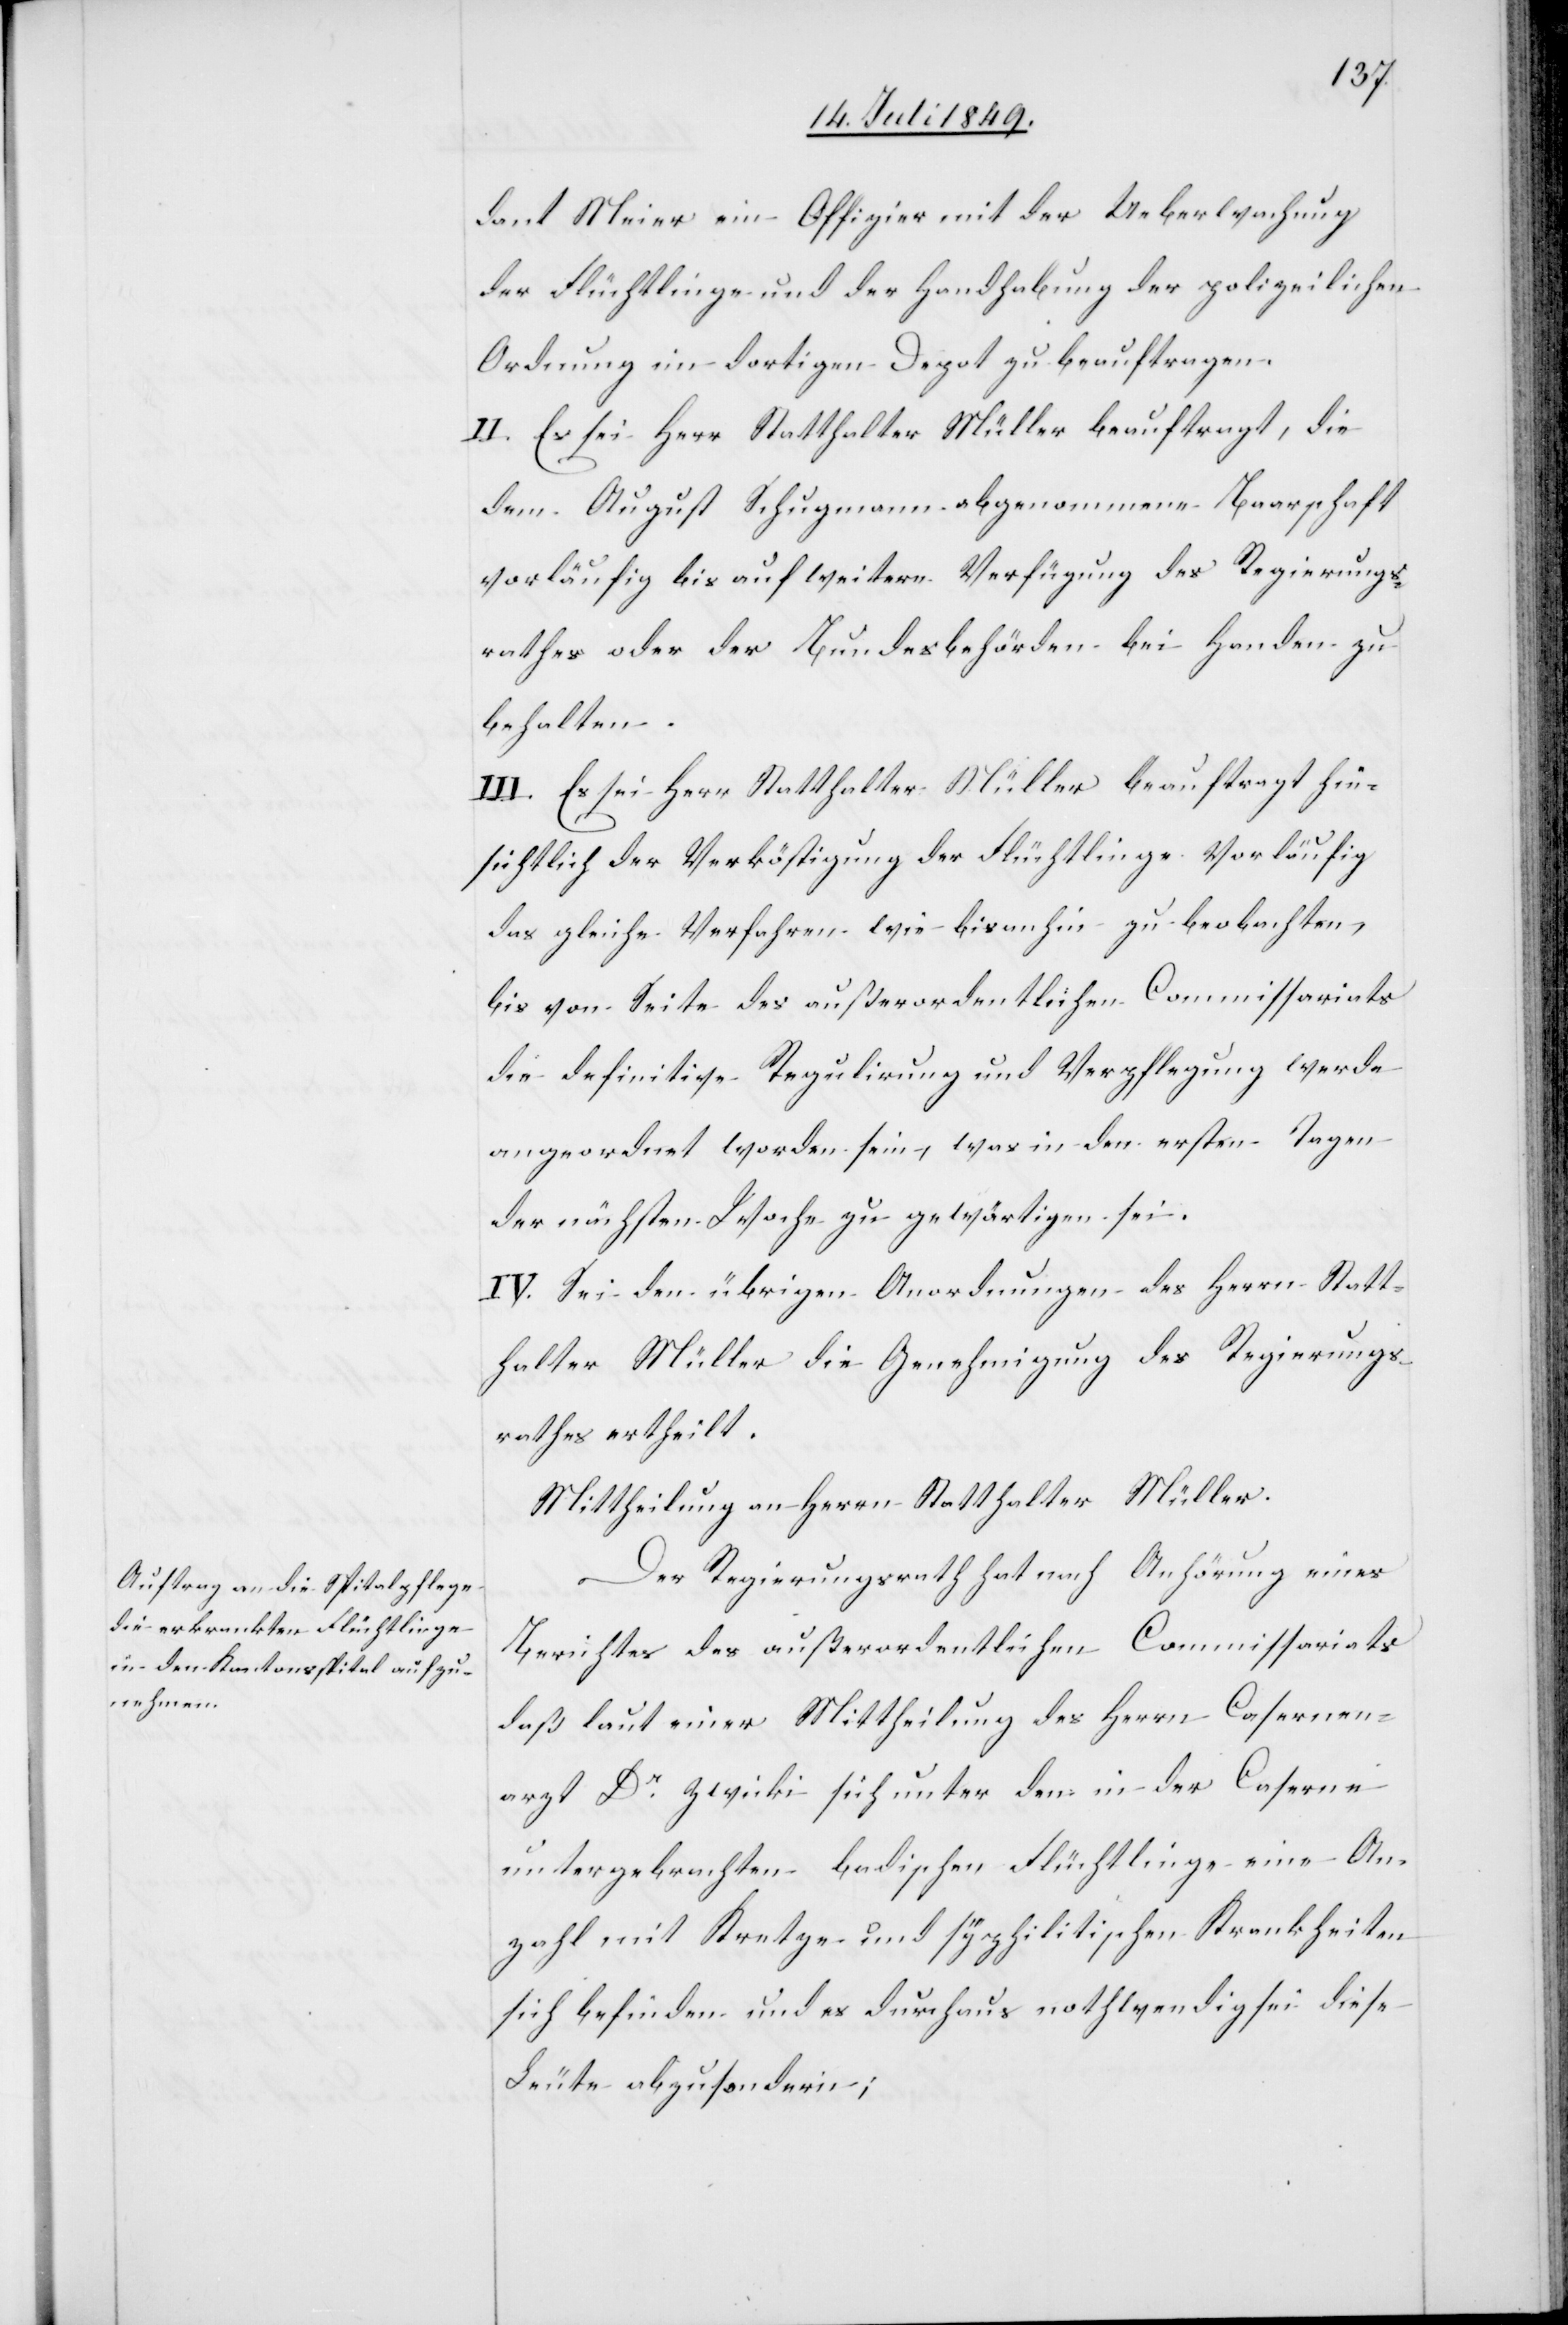
dant Meier ein Offizier mit der Ueberwachung
der Flüchtlinge und der Handhabung der polizeilichen
Ordnung im dortigen Depot zu beauftragen.
II. Es sei Herr Statthalter Müller beauftragt, die
dem August Schugmann abgenommene Baarschaft
vorläufig bis auf weitere Verfügung des Regierungs¬
rathes oder der Bundesbehörden bei Handen zu
behalten.
III. Es sei Herr Statthalter Müller beauftragt hin¬
sichtlich der Verköstigung der Flüchtlinge vorläufig
das gleiche Verfahren wie bisanhin zu beobachten,
bis von Seite des außerordentlichen Commissariats
die definitive Regulirung und Verpflegung werde
angeordnet worden sein, was in den ersten Tagen
der nächsten Woche zu gewärtigen sei.
IV. Sei den übrigen Anordnungen des Herrn Statt¬
halter Müller die Genehmigung des Regierungs¬
rathes ertheilt.
Der Regierungsrath hat nach Anhörung eines
Berichtes des außerordentlichen Commissariats
daß laut einer Mittheilung des Herrn Casernen¬
arzt Dr Zwicki sich unter den in der Caserne
untergebrachten badischen Flüchtlinge eine An¬
zahl mit Kretze und syphilitischen Krankheiten
sich befinden und es durchaus nothwendig sei diese
Leute abzusondern;